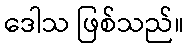
ဒေါသ ဖြစ်သည်။